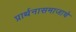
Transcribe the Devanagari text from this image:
प्रार्थनासमाजाचे